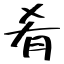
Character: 肴